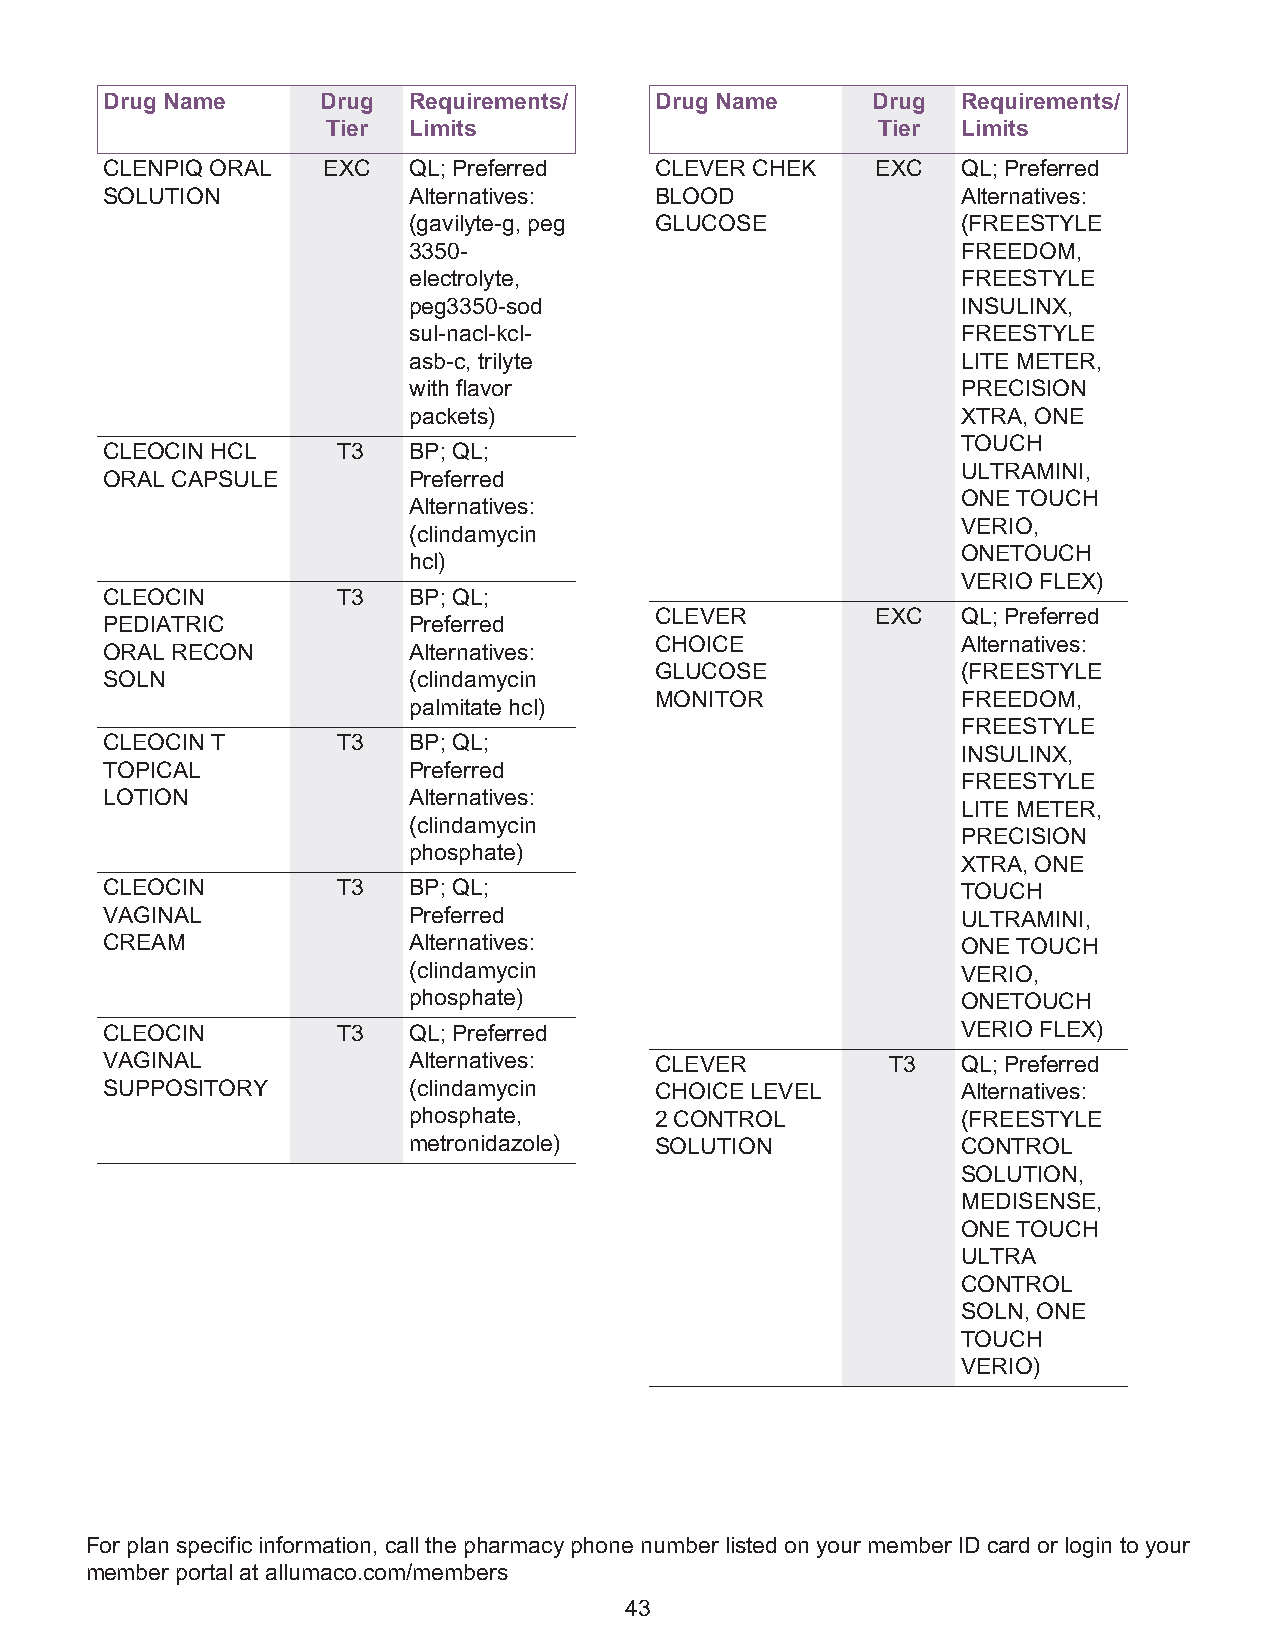
Drug Name     Drug  Requirements/   Drug Name      Drug  Requirements/
 Tier Limits                         Tier  Limits
 CLENPIQ ORAL  EXC   QL; Preferred   CLEVER CHEK    EXC   QL; Preferred
 SOLUTION            Alternatives:   BLOOD                Alternatives:
 (gavilyte-g, peg GLUCOSE             (FREESTYLE
 3350-                                FREEDOM,
 electrolyte,                         FREESTYLE
 peg3350-sod                          INSULINX,
 sul-nacl-kcl-                        FREESTYLE
 asb-c, trilyte                       LITE METER,
 with flavor                          PRECISION
 packets)                             XTRA, ONE
 TOUCH
 CLEOCIN HCL    T3   BP; QL;
 ULTRAMINI,
 ORAL CAPSULE        Preferred
 ONE TOUCH
 Alternatives:
 VERIO,
 (clindamycin
 ONETOUCH
 hcl)
 VERIO FLEX)
 CLEOCIN        T3   BP; QL;
 CLEVER         EXC   QL; Preferred
 PEDIATRIC           Preferred
 CHOICE               Alternatives:
 ORAL RECON          Alternatives:
 GLUCOSE              (FREESTYLE
 SOLN                (clindamycin
 MONITOR              FREEDOM,
 palmitate hcl)
 FREESTYLE
 CLEOCIN T      T3   BP; QL;
 INSULINX,
 TOPICAL             Preferred
 FREESTYLE
 LOTION              Alternatives:
 LITE METER,
 (clindamycin
 PRECISION
 phosphate)
 XTRA, ONE
 CLEOCIN        T3   BP; QL;                              TOUCH
 VAGINAL             Preferred                            ULTRAMINI,
 CREAM               Alternatives:                        ONE TOUCH
 (clindamycin                         VERIO,
 phosphate)                           ONETOUCH
 CLEOCIN        T3   QL; Preferred                        VERIO FLEX)
 VAGINAL             Alternatives:   CLEVER          T3   QL; Preferred
 SUPPOSITORY         (clindamycin    CHOICE LEVEL         Alternatives:
 phosphate,      2 CONTROL            (FREESTYLE
 metronidazole)  SOLUTION             CONTROL
 SOLUTION,
 MEDISENSE,
 ONE TOUCH
 ULTRA
 CONTROL
 SOLN, ONE
 TOUCH
 VERIO)
 For plan specific information, call the pharmacy phone number listed on your member ID card or login to your
 member portal at allumaco.com/members
 43